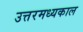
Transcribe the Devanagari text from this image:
उत्तरमध्यकाल